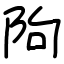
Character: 䧁